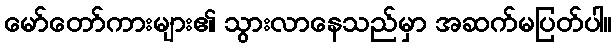
မော်တော်ကားများ၏ သွားလာနေသည်မှာ အဆက်မပြတ်ပါ။